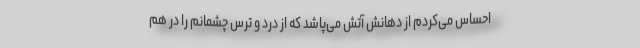
احساس می‌کردم از دهانش آتش می‌پاشد که از درد و ترس چشمانم را در هم